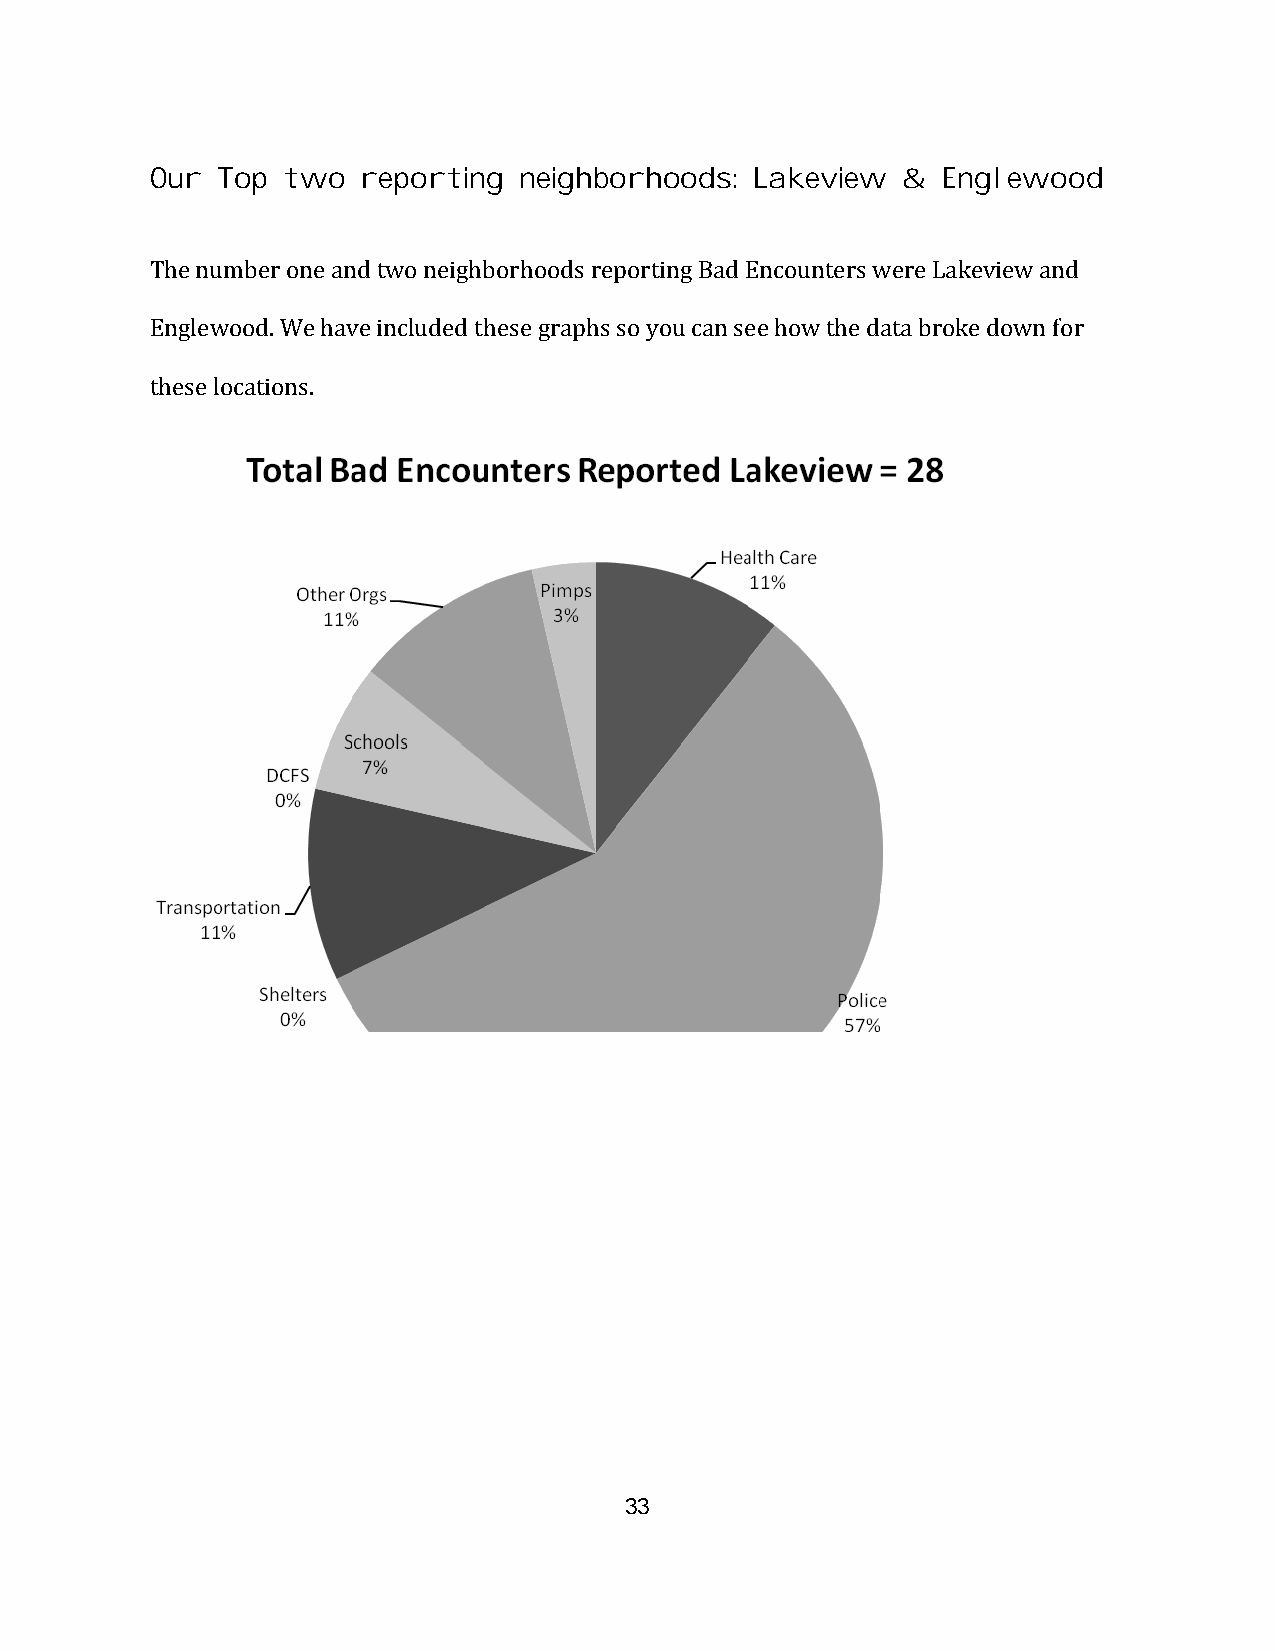
Our Top  two  reporting neighborhoods:  Lakeview  & Englewood
 The number one and two neighborhoods reporting Bad Encounters were Lakeview and
 Englewood. We have included these graphs so you can see how the data broke down for
 these locations.
 33